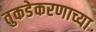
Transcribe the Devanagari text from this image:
तुकडेकरणाच्या